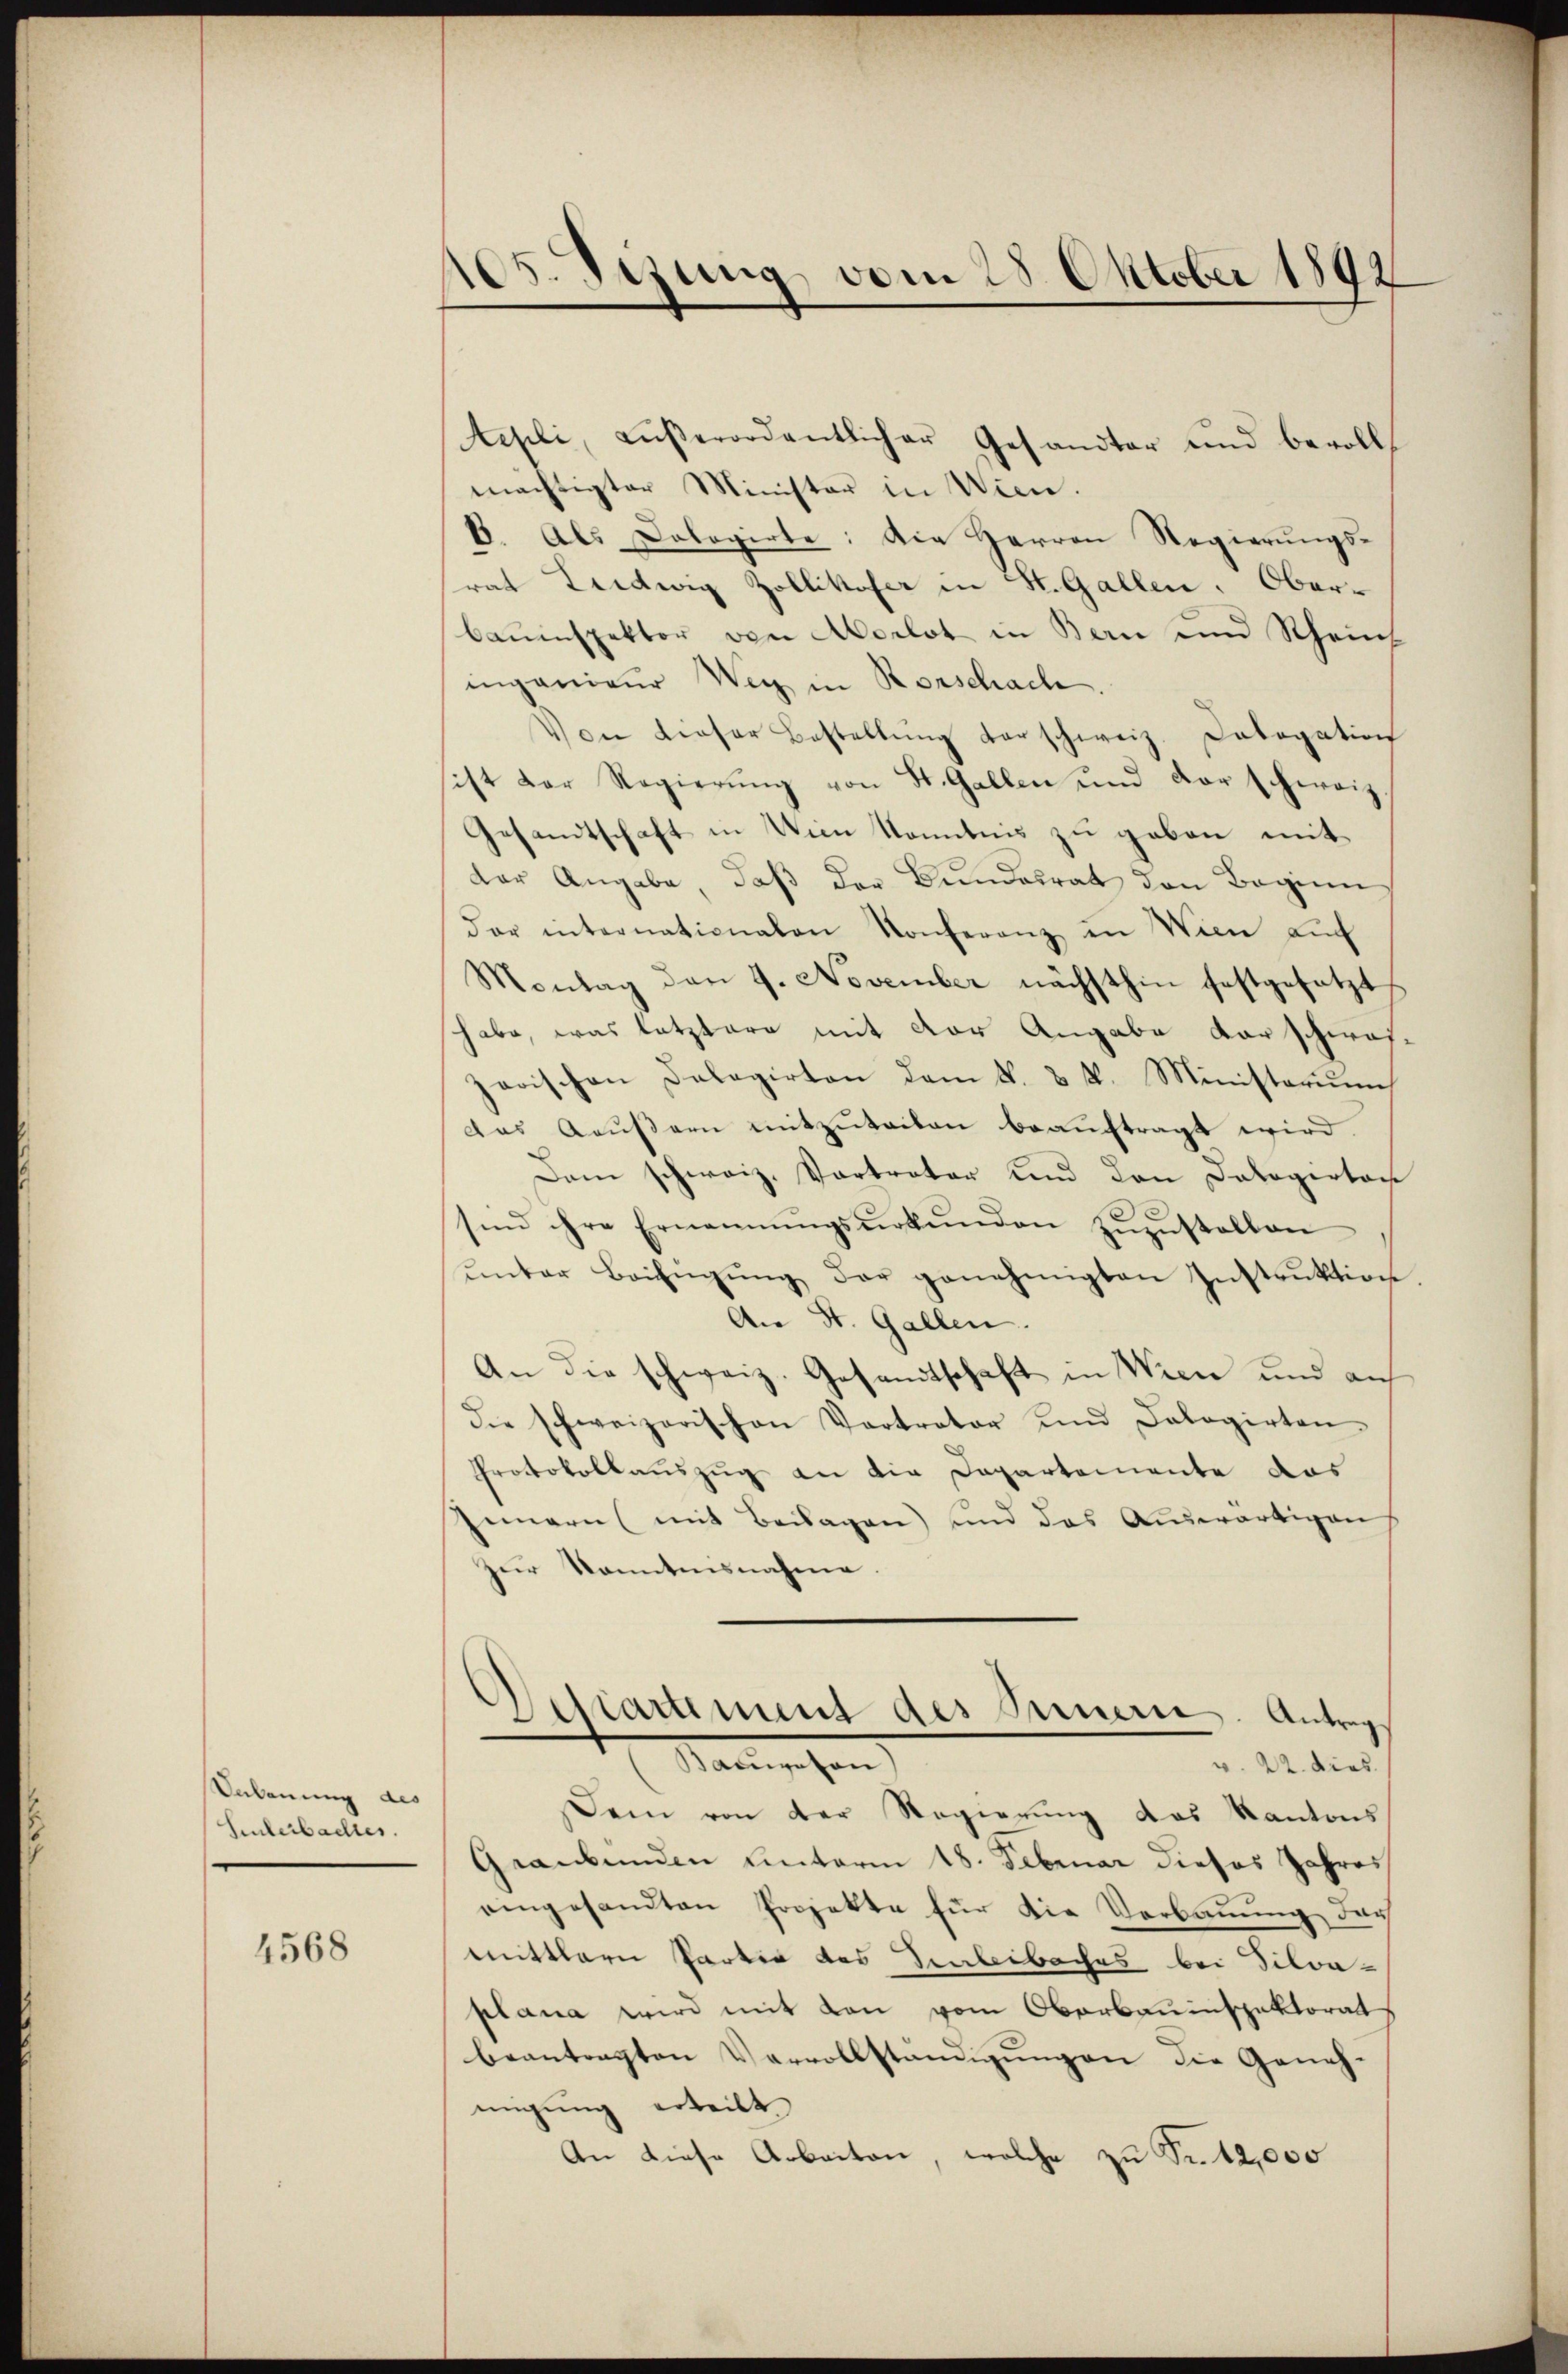
Anbauung des
Hinterbachtes.

4568

105. Sizung vom 28. Oktober 1892

tepli, aŭβerordentlicher Gesandter und bevolls
mächtigter Minister in Wien.
6. Als Dologirte: Die Herren Regierŭngs-
srat Tiedwig Zollikofer in St. Gallen. Oberbauinspektor von Morlot in Bern und Rhein
ingenieur Weg in Rorschache.
Von dieser Bestellŭng darschweiz. Catogation
ist der Regierung von St. Gallen und der schweiz
Gesandtschaft in Wien Kenntnis zu geben mit
der Angabe, daß der Bundesrat den Beginn
dar internationalen Konferenz in Wien auf
Montag den 9. November nächsthin festgesetzt
habe, was letztere mit der Angabe darschwei-
zarischen Delegirten dem N. 3 k. Ministerium
das Aŭβern mitzuteilen beauftragt wird.
Dem schweiz. Vertrator und den Dalogertor
sind ihre Ernennŭngsŭrkŭnden zŭzŭstellen
ŭnter Beifügŭng der genehmigten Instruktion.
An St. Gallen.
An die schweiz. Gesandtschaft in Wien und auf
die schweizerischen Vertrator und Calogirten.
Protokollauszug an die Departemente das
gemern (mit Beilagen) und das Auswärtigen
zŭr Sonntensnahme.
Dessartement des Innern. Antrags
tangehen
v. 22. dies
Dein von der Regierung das Kantons
Graubünden hinterm 18. Februar dieses Jahres
eingesandten Projekte für die Verbauung, das
mittlern Partie des Einbeibaches bei Silva-
plana wird mit den vom Oberbauinspektorats
beantragten Vervollständigungen die Geneh-
migung erteilt
An diese Arbeiten, welche zu Fr. 12,000